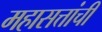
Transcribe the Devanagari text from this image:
महासत्तांची